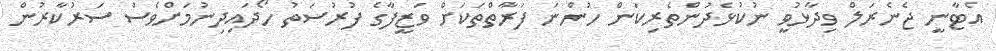
އެޓާނީ ޖެނެރަލް ވިދާޅުވީ ނުކުޅެދުންތެރިކަން ހުންނަ ފަރާތްތަކަށް ވަޒީފާގެ ފުރުސަތު ހޯދައިދިނުމަށްވެސް ސަރުކާރުން